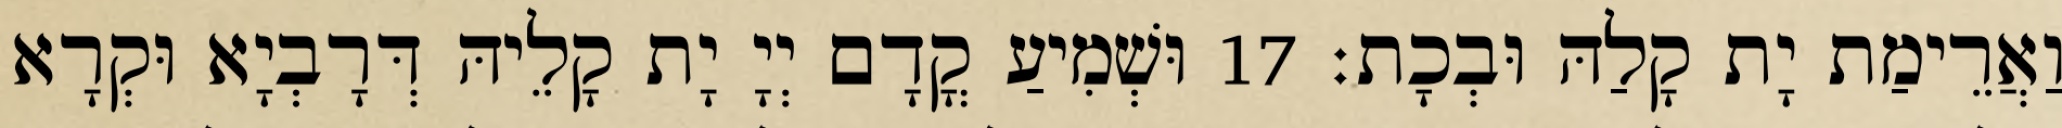
וַאֲרֵימַת יָת קָלַהּ וּבְכָת׃ 17 וּשְׁמִיעַ קֳדָם יְיָ יָת קָלֵיהּ דְּרָבְיָא וּקְרָא